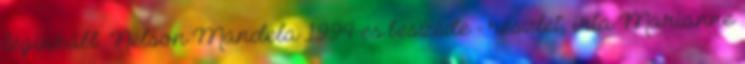
leginkább. Nelson Mandela 1994-es beszéde - részlet, írta Marianne